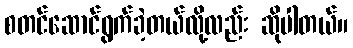
စတင်ဆောင်ရွက်ခဲ့တယ်လို့လည်း ဆိုပါတယ်။